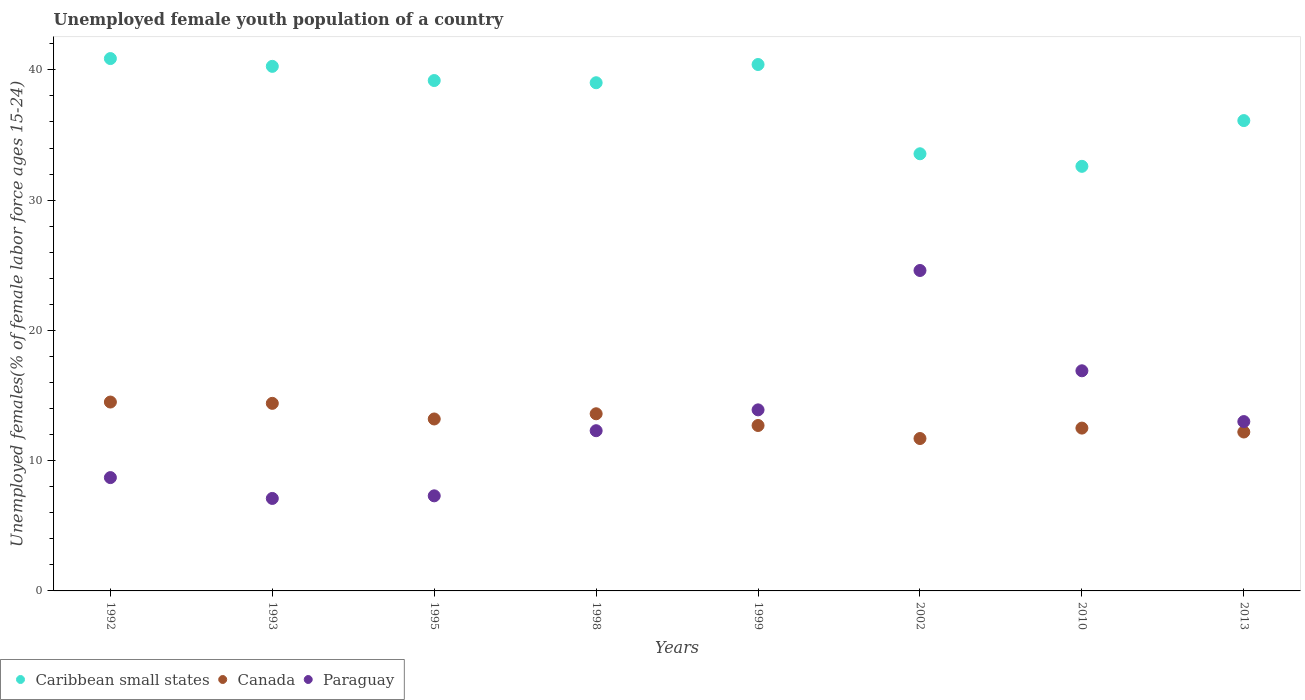
| Years | Caribbean small states | Canada | Paraguay |
 | --- | --- | --- | --- |
 | 1992 | 40.9 | 14.5 | 8.7 |
 | 1993 | 40.3 | 14.4 | 7.1 |
 | 1995 | 39.2 | 13.2 | 7.3 |
 | 1998 | 39 | 13.6 | 12.3 |
 | 1999 | 40.4 | 12.7 | 13.9 |
 | 2002 | 33.6 | 11.7 | 24.6 |
 | 2010 | 32.6 | 12.5 | 16.9 |
 | 2013 | 36.1 | 12.2 | 13 |